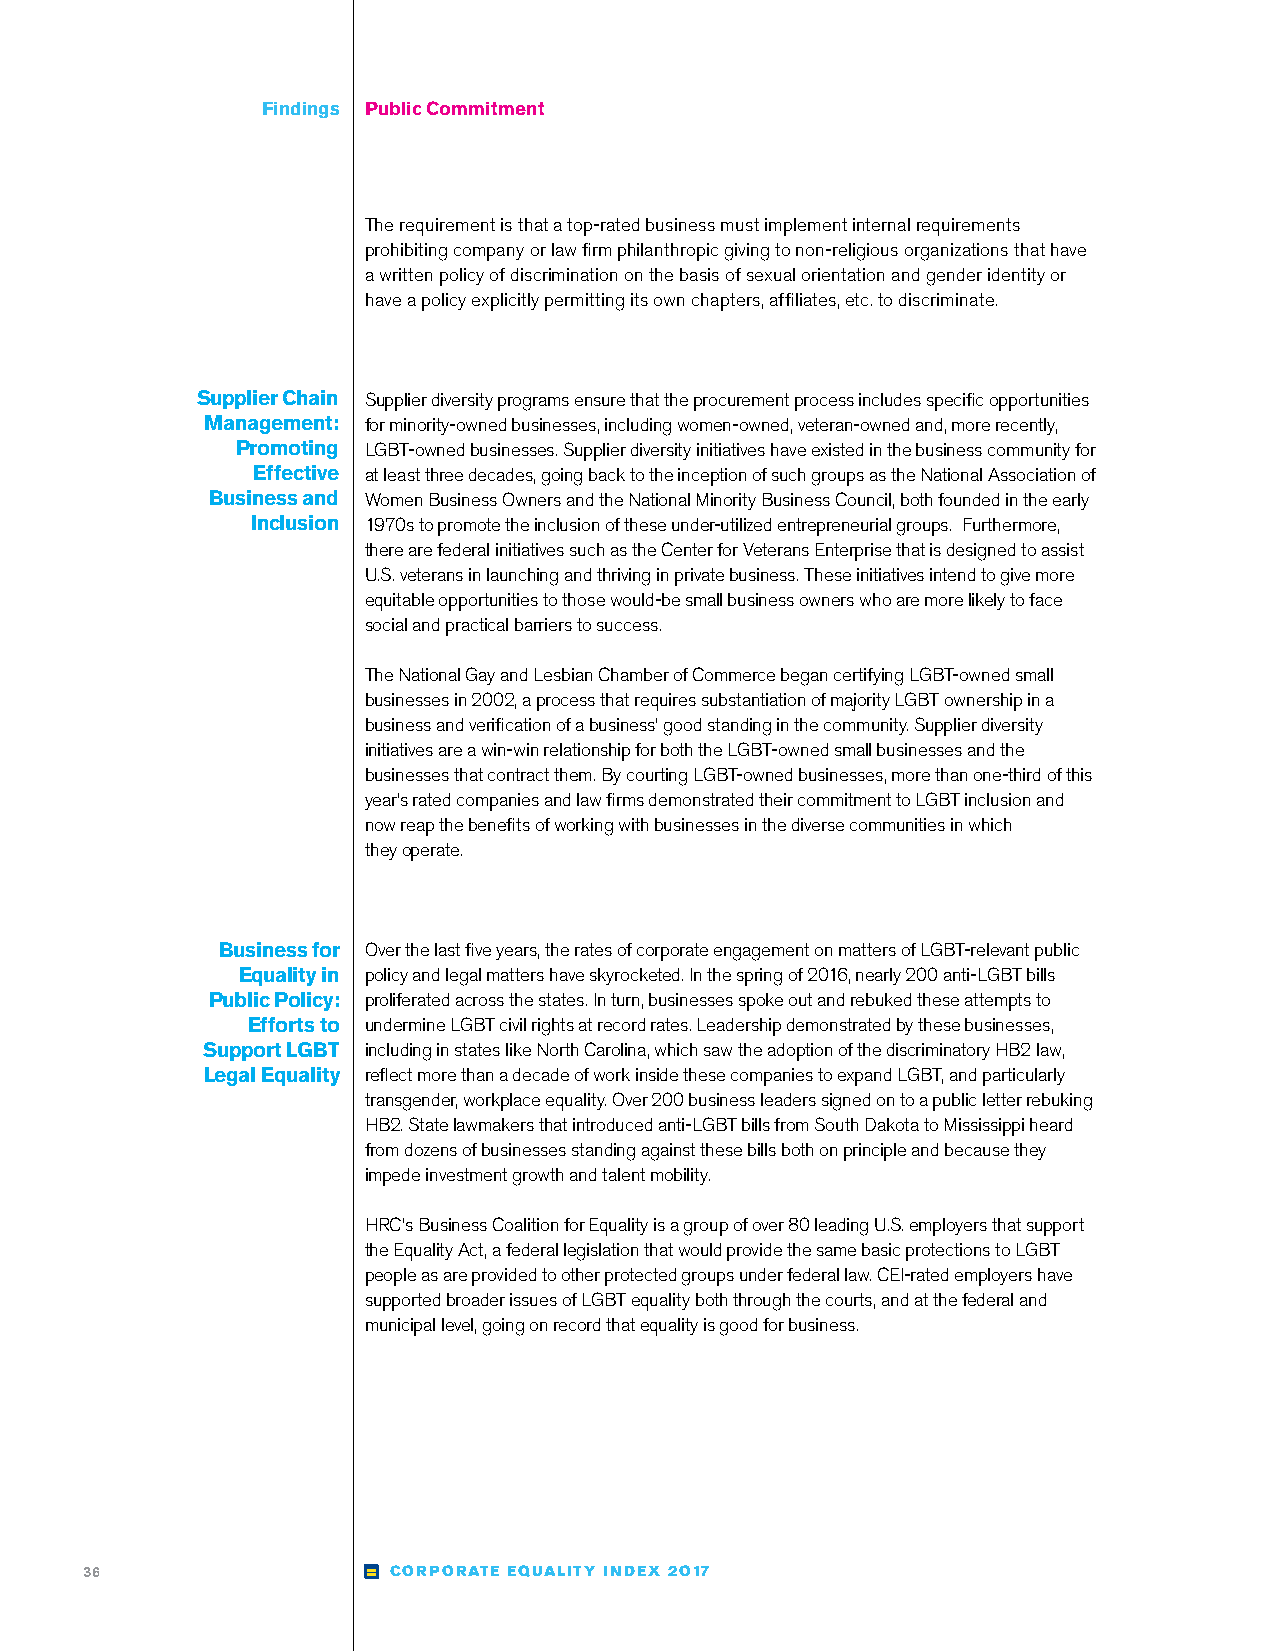
FFiinnddiinnggss Public Commitment
 The requirement is that a top-rated business must implement internal requirements
 prohibiting company or law firm philanthropic giving to non-religious organizations that have
 a written policy of discrimination on the basis of sexual orientation and gender identity or
 have a policy explicitly permitting its own chapters, affiliates, etc. to discriminate.
 Supplier Chain Supplier diversity programs ensure that the procurement process includes specific opportunities
 Management: for minority-owned businesses, including women-owned, veteran-owned and, more recently,
 Promoting LGBT-owned businesses. Supplier diversity initiatives have existed in the business community for
 Effective at least three decades, going back to the inception of such groups as the National Association of
 Business and Women Business Owners and the National Minority Business Council, both founded in the early
 Inclusion 1970s to promote the inclusion of these under-utilized entrepreneurial groups. Furthermore,
 there are federal initiatives such as the Center for Veterans Enterprise that is designed to assist
 U.S. veterans in launching and thriving in private business. These initiatives intend to give more
 equitable opportunities to those would-be small business owners who are more likely to face
 social and practical barriers to success.
 The National Gay and Lesbian Chamber of Commerce began certifying LGBT-owned small
 businesses in 2002, a process that requires substantiation of majority LGBT ownership in a
 business and verification of a business’ good standing in the community. Supplier diversity
 initiatives are a win-win relationship for both the LGBT-owned small businesses and the
 businesses that contract them. By courting LGBT-owned businesses, more than one-third of this
 year’s rated companies and law firms demonstrated their commitment to LGBT inclusion and
 now reap the benefits of working with businesses in the diverse communities in which
 they operate.
 Business for Over the last five years, the rates of corporate engagement on matters of LGBT-relevant public
 Equality in policy and legal matters have skyrocketed. In the spring of 2016, nearly 200 anti-LGBT bills
 Public Policy: proliferated across the states. In turn, businesses spoke out and rebuked these attempts to
 Efforts to undermine LGBT civil rights at record rates. Leadership demonstrated by these businesses,
 Support LGBT including in states like North Carolina, which saw the adoption of the discriminatory HB2 law,
 Legal Equality reflect more than a decade of work inside these companies to expand LGBT, and particularly
 transgender, workplace equality. Over 200 business leaders signed on to a public letter rebuking
 HB2. State lawmakers that introduced anti-LGBT bills from South Dakota to Mississippi heard
 from dozens of businesses standing against these bills both on principle and because they
 impede investment growth and talent mobility.
 HRC’s Business Coalition for Equality is a group of over 80 leading U.S. employers that support
 the Equality Act, a federal legislation that would provide the same basic protections to LGBT
 people as are provided to other protected groups under federal law. CEI-rated employers have
 supported broader issues of LGBT equality both through the courts, and at the federal and
 municipal level, going on record that equality is good for business.
 36                  CORPORATE EQUALITY INDEX 2O17